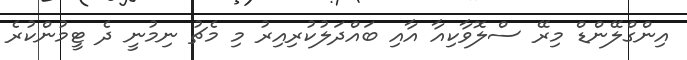
އިންގްލޭންޑް މިރޭ ސްލޮވާކިއާ އާއި ބައްދަލުކުރިއިރު މި މެޗު ނިމުނީ ދެ ޓީމުންކުރެ